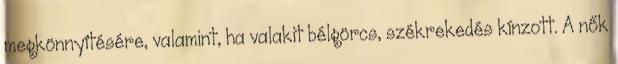
megkönnyítésére, valamint, ha valakit bélgörcs, székrekedés kínzott. A nők